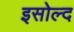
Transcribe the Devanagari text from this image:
इसोल्द